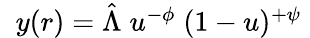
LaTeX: \begin{array}{r}{\; \; y(r)=\hat{\Lambda}\; u^{-\phi}\; (1-u)^{+\psi}\; }\end{array}